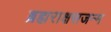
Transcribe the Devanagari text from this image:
ब्रह्मराक्षसजन्म